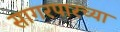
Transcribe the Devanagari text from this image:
सागरपारच्या